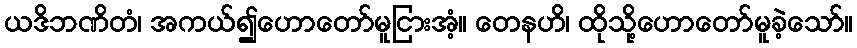
ယဒိဘဏိတံ၊ အကယ်၍ဟောတော်မူငြားအံ့။ တေနဟိ၊ ထိုသို့ဟောတော်မူခဲ့သော်။